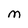
Character: M